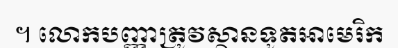
។ លោកបញ្ញាត្រូវស្ថានទូតអាមេរិក